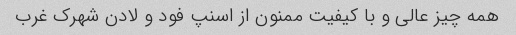
همه چیز عالی و با کیفیت ممنون از اسنپ فود و لادن شهرک غرب